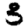
Digit: 3